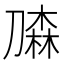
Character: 𰅀